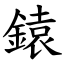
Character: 鎱